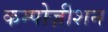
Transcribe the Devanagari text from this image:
कम्पोज़ीशन